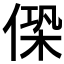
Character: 𠌖